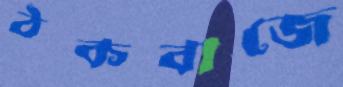
ঠকবাজে